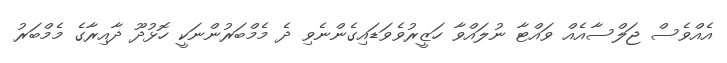
އެއްވެސް ޖަލްސާއެއް ވައްޓާ ނުލައްވާ ހަޒީރުވެވަޑައިގެންނެވި ދެ މެމްބަރުންނަކީ ހޮޅުދޫ ދާއިރާގެ މެމްބަރު